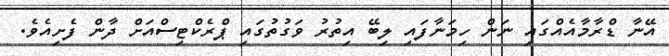
އޭނާ ޑްރާމާއެއްގައި ނަން ހިމަނާފައި ލިބޭ އިތުރު ވަގުތުގައި ޕްރެކްޓިސްއަށް ދާން ފެށިއެވެ.